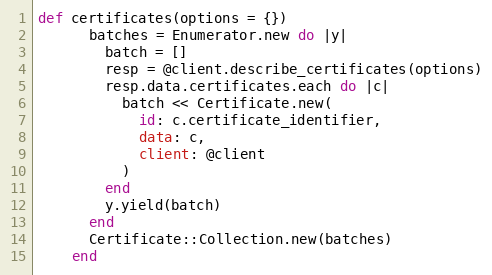
Language: Ruby
def certificates(options = {})
      batches = Enumerator.new do |y|
        batch = []
        resp = @client.describe_certificates(options)
        resp.data.certificates.each do |c|
          batch << Certificate.new(
            id: c.certificate_identifier,
            data: c,
            client: @client
          )
        end
        y.yield(batch)
      end
      Certificate::Collection.new(batches)
    end